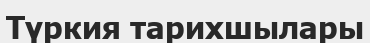
Түркия тарихшылары